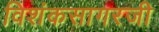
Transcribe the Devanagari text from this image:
विशंकसागरजी